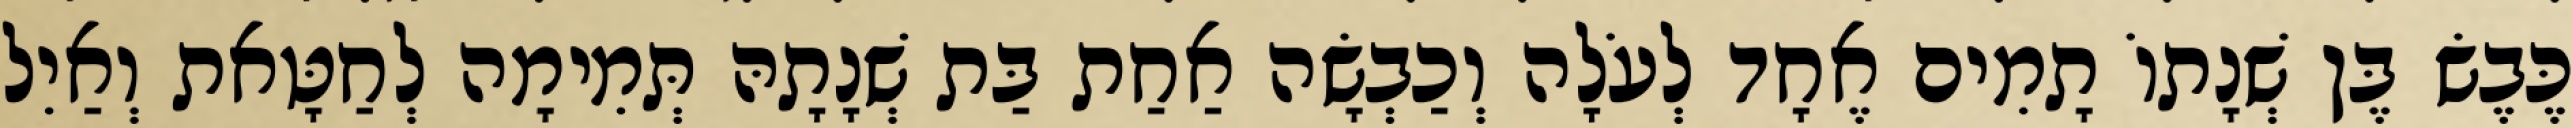
כֶּבֶשׂ בֶּן שְׁנָתוֹ תָמִים אֶחָד לְעֹלָה וְכַבְשָׂה אַחַת בַּת שְׁנָתָהּ תְּמִימָה לְחַטָּאת וְאַיִל